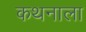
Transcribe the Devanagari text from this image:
कथनाला